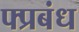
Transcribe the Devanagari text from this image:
फ्प्रबंध